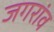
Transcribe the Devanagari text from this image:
जगरांव